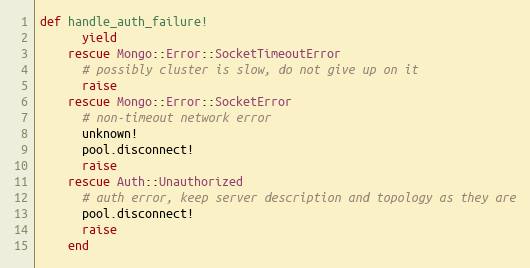
Language: Ruby
def handle_auth_failure!
      yield
    rescue Mongo::Error::SocketTimeoutError
      # possibly cluster is slow, do not give up on it
      raise
    rescue Mongo::Error::SocketError
      # non-timeout network error
      unknown!
      pool.disconnect!
      raise
    rescue Auth::Unauthorized
      # auth error, keep server description and topology as they are
      pool.disconnect!
      raise
    end